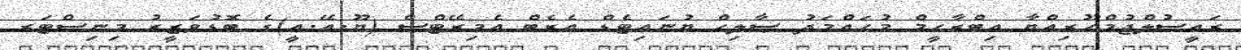
ރައީސުލްޖުމްހޫރިއްޔާ އިބްރާހީމް މުޙައްމަދު ޞާލިޙް ޔުނައިޓެޑް އެރެބް އެމިރޭޓްސް (ޔޫ.އޭ.އީ)ގެ ބޮޑުވަޒީރު މިނިސްޓަރ